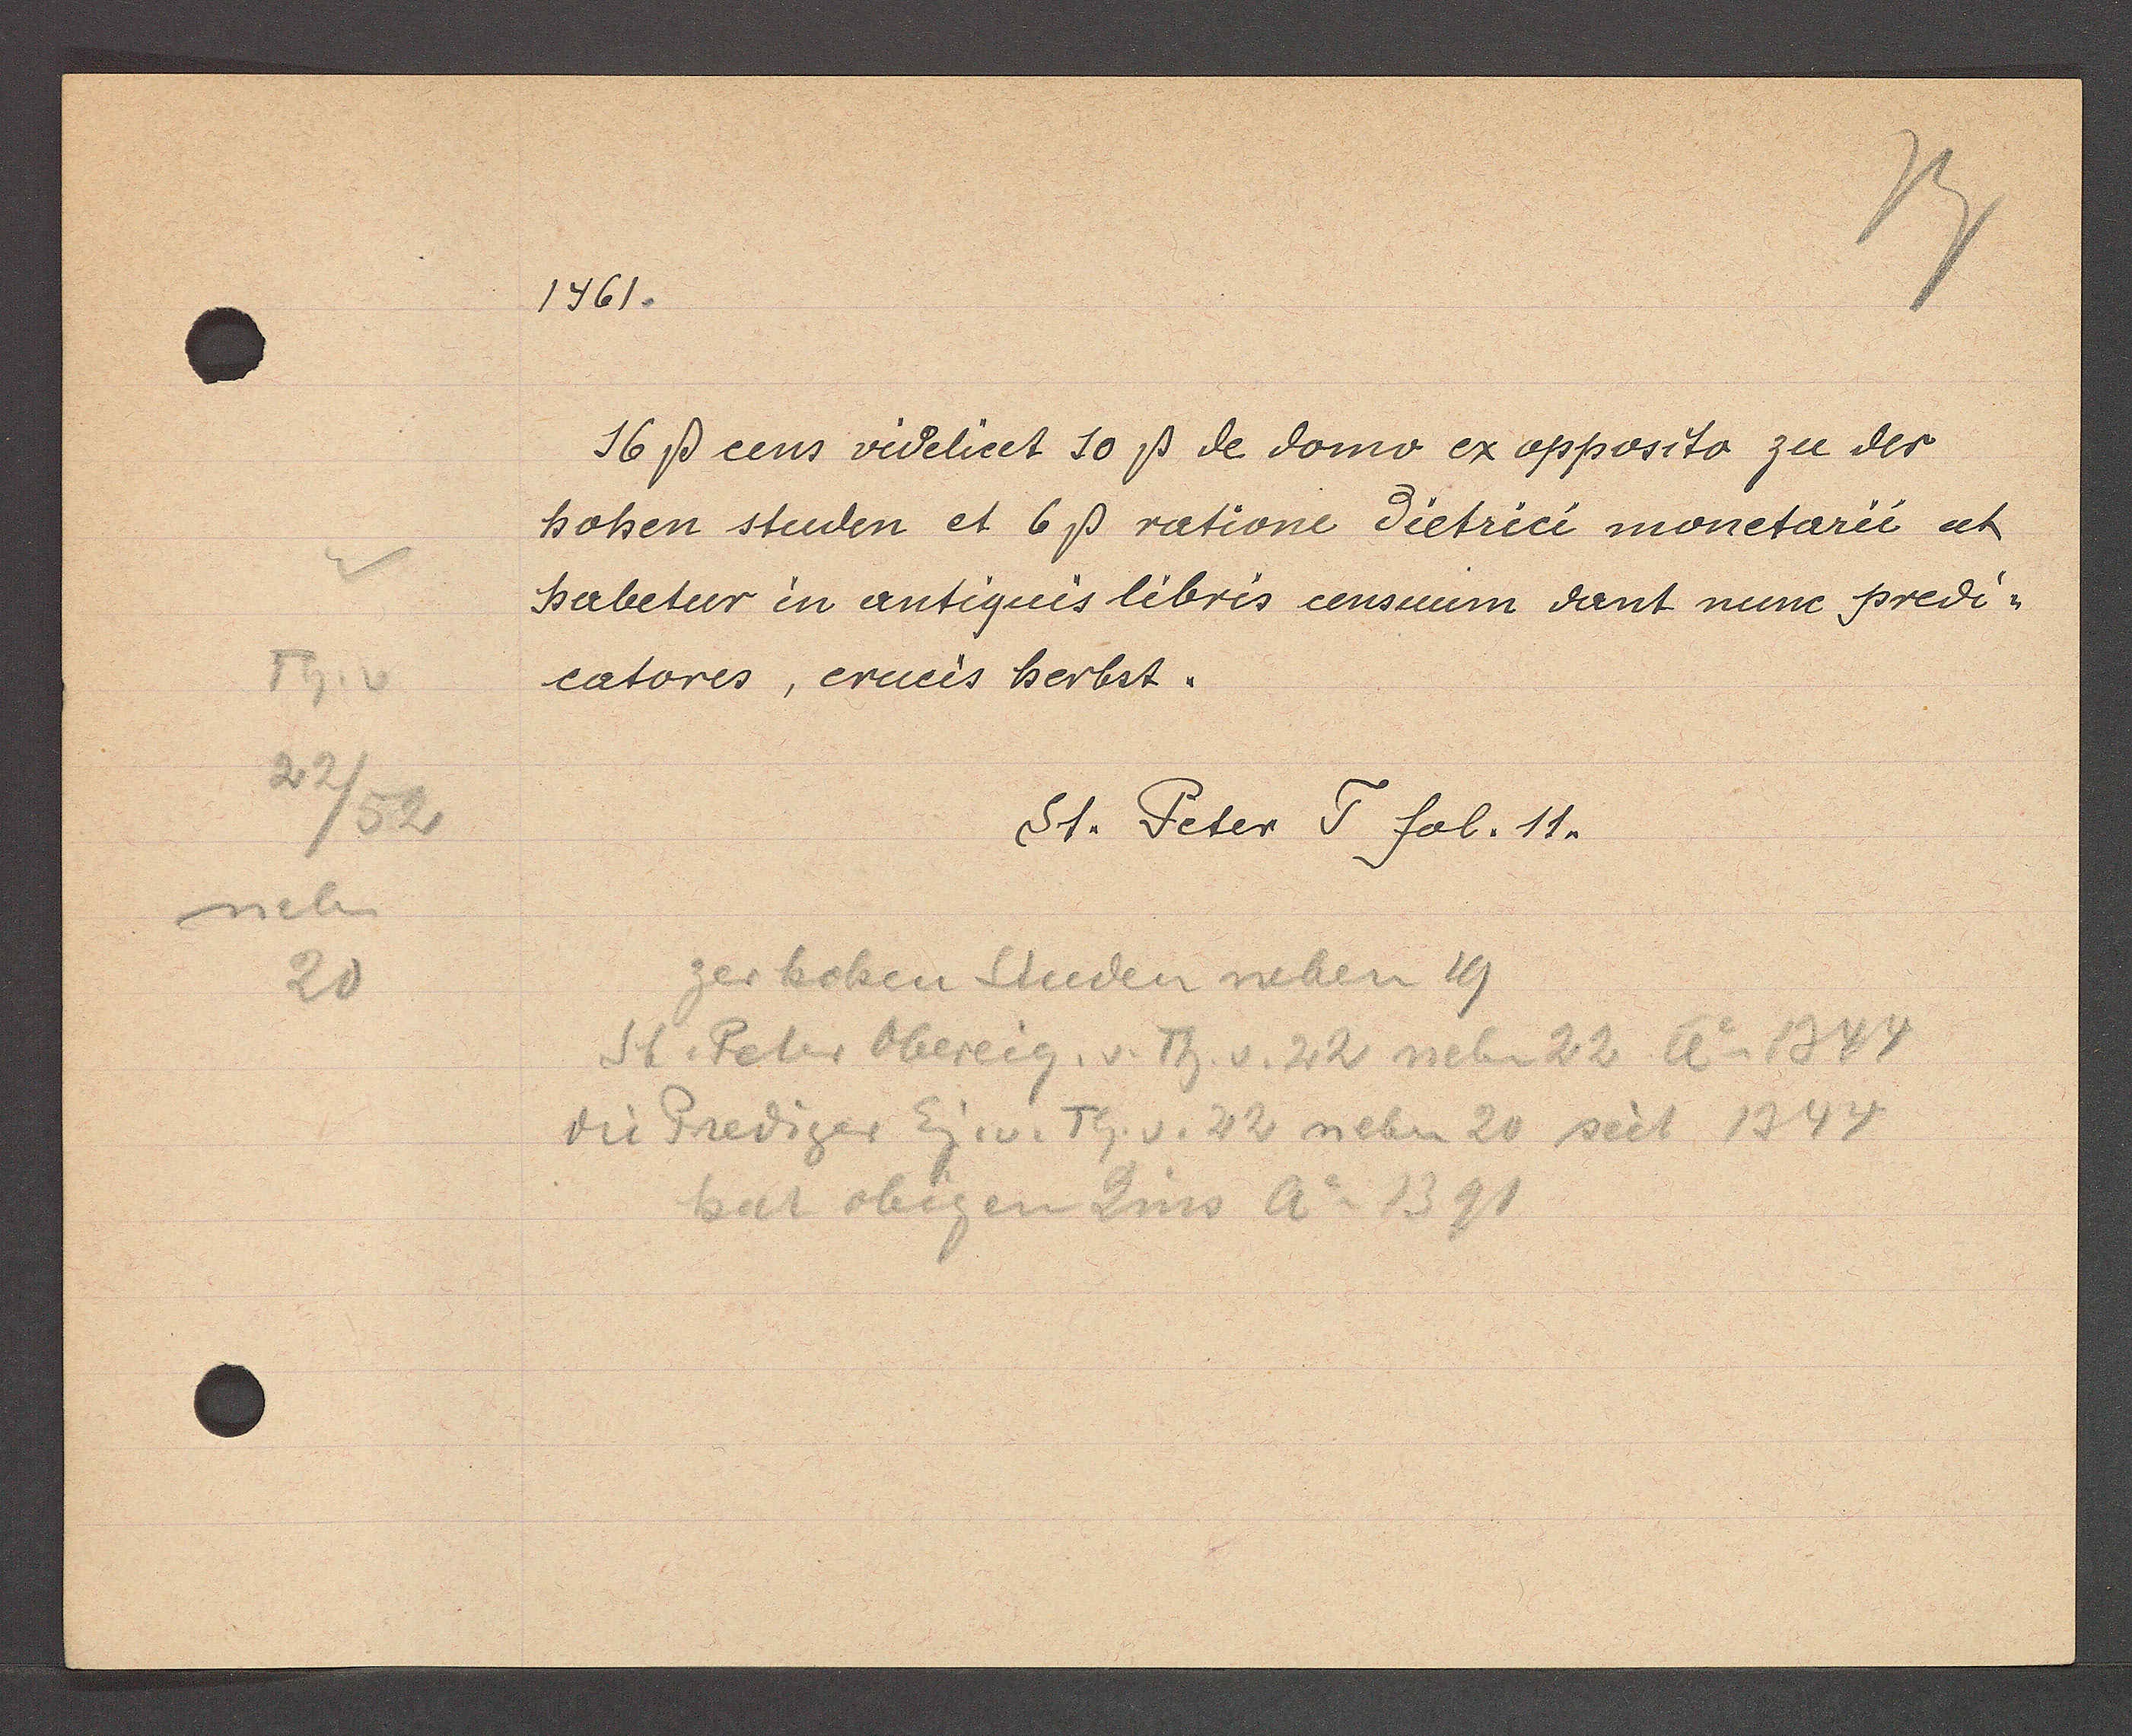
Transcript:
Th. v
22
52
neben
20

1461.

16ß cens videlicet 10ß de domo ex opposito zu der
hohen studen et 6ß ratione dietrici monetarii ut
habetur in antiquis libris censuum dant nune predi-
catores, cruis herbst.

St. Peter T. fol. 11.

zer hohen Studen neben 19
St. Peter Obereig. v. Th. v. 22 neben 22 Ao 1344
die Prediger Eig. v. Th. v. 22 neben 20 seit 1344
hat obigen Zins Ao 1391